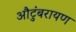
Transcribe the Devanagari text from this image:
औटुंबरायण